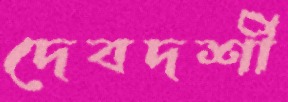
দেবদর্শী